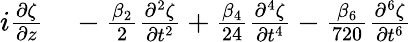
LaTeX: \begin{array}{rl}{i\frac{\partial\zeta}{\partial z}}&{{}-\frac{\beta_{2}}{2}\frac{\partial^{2}\zeta}{\partial t^{2}}+\frac{\beta_{4}}{24}\frac{\partial^{4}\zeta}{\partial t^{4}}-\frac{\beta_{6}}{720}\frac{\partial^{6}\zeta}{\partial t^{6}}}\end{array}